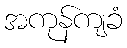
အကုန်ကျခံ